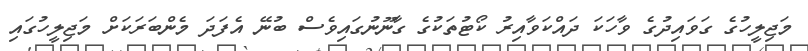
މަޖިލީހުގެ ގަވައިދުގެ ވާހަކަ ދައްކަވާއިރު ކޯޓުތަކުގެ ގާނޫނުގައިވެސް ބުނޭ އެފަދަ މެންބަރަކަށް މަޖިލީހުގައި